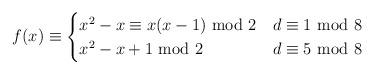
LaTeX: \begin{align*}f(x)\equiv\begin{cases}x^2-x\equiv x(x-1)~{\rm mod}~2&d\equiv1~{\rm mod}~8\\x^2-x+1~{\rm mod}~2&d\equiv5~{\rm mod}~8\end{cases}\end{align*}